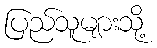
ပြည်သူများသို့